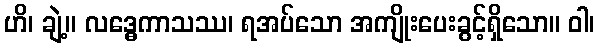
ဟိ၊ ချဲ့။ လဒ္ဓေကာသဿ၊ ရအပ်သော အကျိုးပေးခွင့်ရှိသော။ ဝါ၊